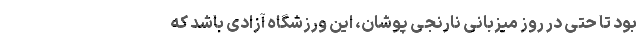
بود تا حتی در روز میزبانی نارنجی پوشان، این ورزشگاه آزادی باشد که